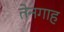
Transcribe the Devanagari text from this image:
तेनगाह